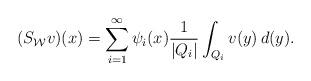
LaTeX: \begin{align*} (S_{\mathcal W}v)(x) = \sum_{i=1}^\infty \psi_i(x)\frac{1}{|Q_i|} \int_{Q_i} v(y)\,d(y).\end{align*}